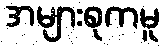
အများစုကမူ